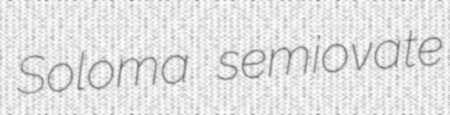
Soloma semiovate